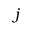
j